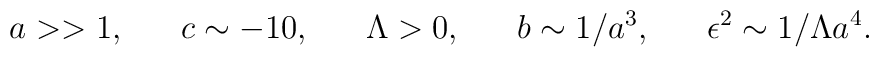
a >> 1, ~~~~~ c \sim - 10, ~~~~~ \Lambda > 0, ~~~~~ b \sim 1/a^3,~~~~~ \epsilon^2 \sim 1/\Lambda a^4.